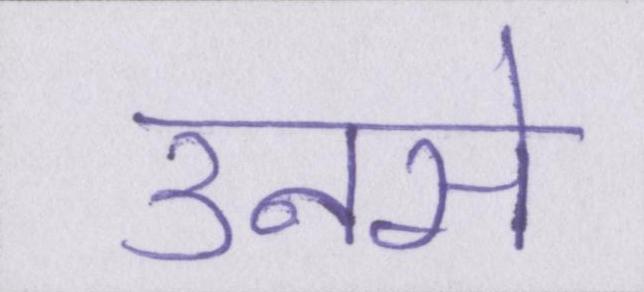
उनसे